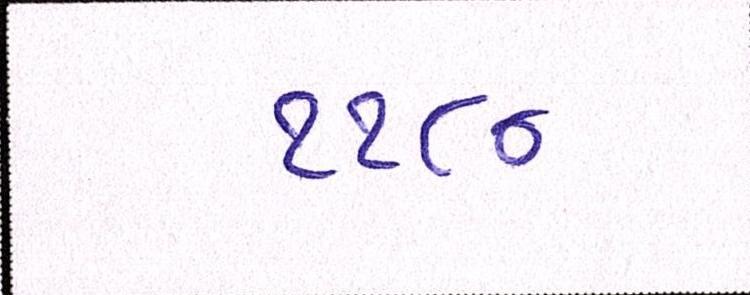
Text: ૧૧૮૦